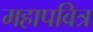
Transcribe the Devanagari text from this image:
महापवित्र